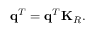
\mathbf { q } ^ { T } = \mathbf { q } ^ { T } \mathbf { K } _ { R } .